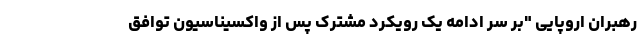
رهبران اروپایی "بر سر ادامه یک رویکرد مشترک پس از واکسیناسیون توافق